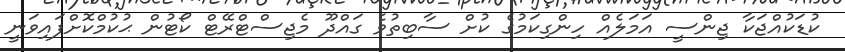
ކުޑަކުއްޖަކާ ޖިންސީ އަމަލެއް ހިންގިކަމުގެ ކުށް ސާބިތުވެ ގައްދޫ މެޖިސްޓްރޭޓް ކޯޓުން ޙުކުމްކޮށްފައިވަނީ